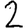
Digit: 2